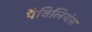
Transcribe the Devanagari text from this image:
पैविलियंस